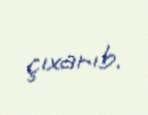
çıxarıb.